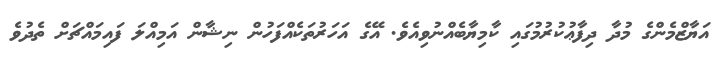
އަޔާޒްމެންގެ މުދާ ދިފާޢުކުރުމުގައި ކާމިޔާބެއްނުވިއެވެ. އޭގެ އަހަރުތަކެއްފަހުން ނިޝާން އަމިއްލަ ފައިމައްޗަށް ތެދުވެ